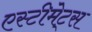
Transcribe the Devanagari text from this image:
एस्टीमेट्स